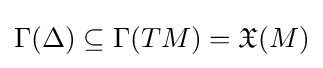
\Gamma (\Delta )\subseteq \Gamma (TM)={\mathfrak {X}}(M)